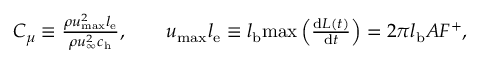
\begin{array} { r } { C _ { \mu } \equiv \frac { \rho u _ { \mathrm { m a x } } ^ { 2 } l _ { \mathrm { e } } } { \rho u _ { \infty } ^ { 2 } c _ { \mathrm { h } } } , \qquad u _ { \mathrm { m a x } } l _ { \mathrm { e } } \equiv l _ { \mathrm { b } } \mathrm { m a x } \left( \frac { \mathrm { d } L ( t ) } { \mathrm { d } t } \right) = 2 \pi l _ { \mathrm { b } } A F ^ { + } , } \end{array}